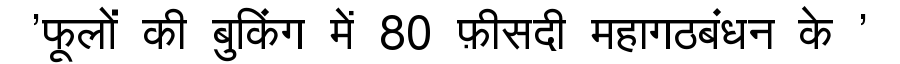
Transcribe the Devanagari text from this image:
'फूलों की बुकिंग में 80 फ़ीसदी महागठबंधन के '